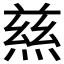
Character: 𭵝